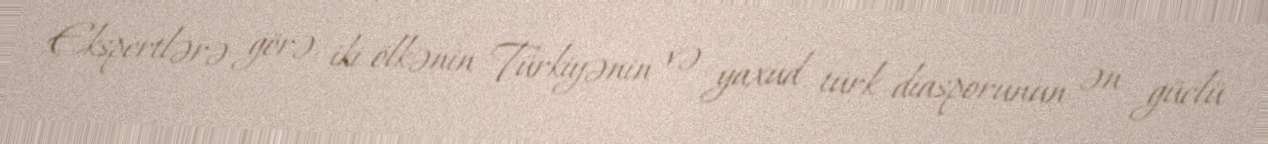
Ekspertlərə görə, iki ölkənin Türkiyənin və yaxud türk diasporunun ən güclü